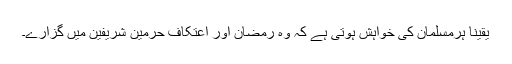
یقیناً ہرمسلمان کی خواہش ہوتی ہے کہ وہ رمضان اور اعتکاف حرمین شریفین میں گزارے۔